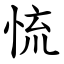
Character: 㤺